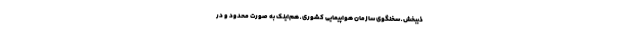
ذیبخش ـ سخنگوی سازمان هواپیمایی کشوری ـ هم‌اینک به صورت محدود و در